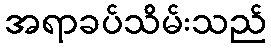
အရာခပ်သိမ်းသည်